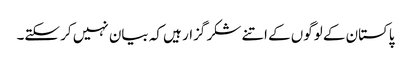
پاکستان کے لوگوں کے اتنے شکر گزار ہیں کہ بیان نہیں کر سکتے۔